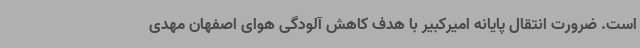
است. ضرورت انتقال پایانه امیرکبیر با هدف کاهش آلودگی هوای اصفهان مهدی